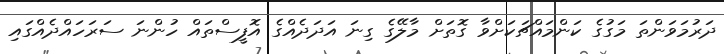
ދަރުމަވަންތަ މަގުގެ ކަންމައްޗަކަށްވާ ގޮތަށް މާލޭގެ ގިނަ އަދަދެއްގެ އޮފީސްތައް ހުންނަ ސަރަހައްދެއްގައި